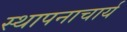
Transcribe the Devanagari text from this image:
स्थापनाचार्य